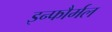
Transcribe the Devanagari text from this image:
इन्फौर्मल